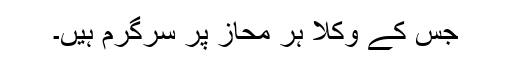
جس کے وکلا ہر محاز پر سرگرم ہیں۔